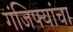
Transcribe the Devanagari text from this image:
गंजिफ्यांचा